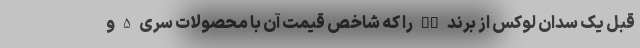
قبل یک سدان لوکس از برند DS را که شاخص قیمت آن با محصولات سری 5 و